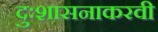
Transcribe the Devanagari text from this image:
दुःशासनाकरवी